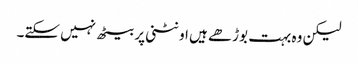
لیکن وہ بہت بوڑھے ہیں اونٹنی پر بیٹھ نہیں سکتے۔